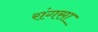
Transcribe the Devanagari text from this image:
रांगसा